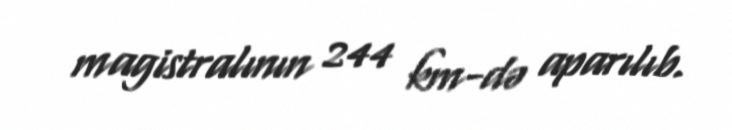
magistralının 244 km-də aparılıb.